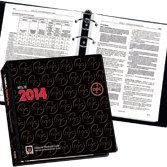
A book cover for NFPA 70 National Electrical Code 2014; Engineering & Transportation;